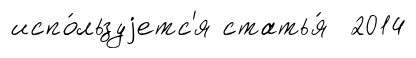
испо́льзуjетс'я статья́ 2014